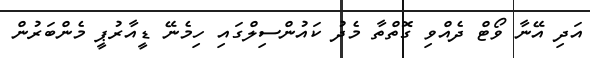
އަދި އޭނާ ވޯޓް ދެއްވި ގޮތްތާ މެދު ކައުންސިލްގައި ހިމެނޭ ޑީއާރުޕީ މެންބަރުން